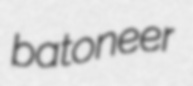
batoneer